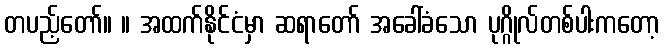
တပည့်တော်။ ။ အထက်နိုင်ငံမှာ ဆရာတော် အခေါ်ခံသော ပုဂ္ဂိုလ်တစ်ပါးကတော့